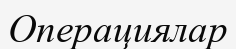
Операциялар